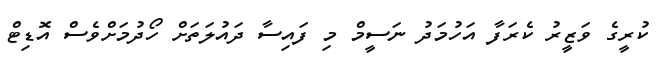
ކުރީގެ ވަޒީރު ކެރަފާ އަހުމަދު ނަސީމް މި ފައިސާ ދައުލަތަށް ހޯދުމަށްވެސް އޮޑިޓް